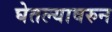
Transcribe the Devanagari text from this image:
घेतल्यावरुन